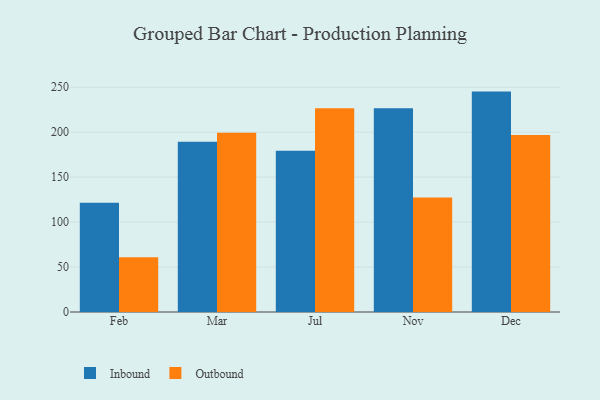
{"axis": {"x": "Month", "y": "Budget (USD K)"}, "legend": ["Inbound", "Outbound"], "data": [{"x": "Feb", "y": 121.4, "type": "Inbound"}, {"x": "Feb", "y": 60.8, "type": "Outbound"}, {"x": "Mar", "y": 189.3, "type": "Inbound"}, {"x": "Mar", "y": 199.4, "type": "Outbound"}, {"x": "Jul", "y": 179.4, "type": "Inbound"}, {"x": "Jul", "y": 226.5, "type": "Outbound"}, {"x": "Nov", "y": 226.5, "type": "Inbound"}, {"x": "Nov", "y": 127.4, "type": "Outbound"}, {"x": "Dec", "y": 245.1, "type": "Inbound"}, {"x": "Dec", "y": 196.8, "type": "Outbound"}]}